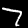
Digit: 7